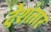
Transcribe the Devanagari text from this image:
देशंतार